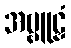
အဗ္ဗူဠှံ